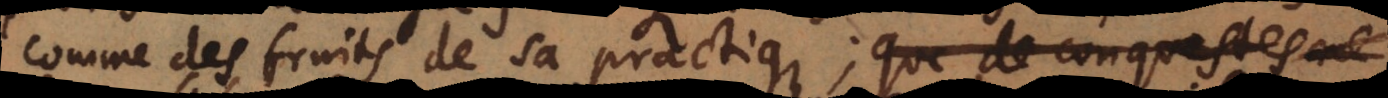
comme des fruits de sa practique; que de conquestes ne